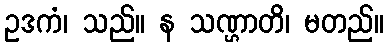
ဥဒကံ၊ သည်။ န သဏ္ဌာတိ၊ မတည်။